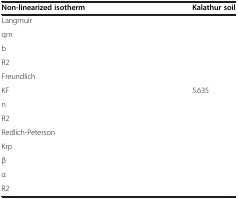
<table><thead><tr><td><b>Non-linearized isotherm</b></td><td><b>Kalathur soil</b></td></tr></thead><tbody><tr><td>Langmuir</td><td>[EMPTY_CELL]</td></tr><tr><td>qm</td><td>[EMPTY_CELL]</td></tr><tr><td>b</td><td>[EMPTY_CELL]</td></tr><tr><td>R2</td><td>[EMPTY_CELL]</td></tr><tr><td>Freundlich</td><td>[EMPTY_CELL]</td></tr><tr><td>KF</td><td>5.635</td></tr><tr><td>n</td><td>[EMPTY_CELL]</td></tr><tr><td>R2</td><td>[EMPTY_CELL]</td></tr><tr><td>Redlich-Peterson</td><td>[EMPTY_CELL]</td></tr><tr><td>Krp</td><td>[EMPTY_CELL]</td></tr><tr><td>β</td><td>[EMPTY_CELL]</td></tr><tr><td>α</td><td>[EMPTY_CELL]</td></tr><tr><td>R2</td><td>[EMPTY_CELL]</td></tr></tbody></table>